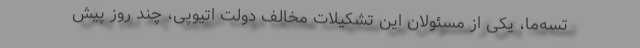
تِسه‌ما، یکی از مسئولان این تشکیلات مخالف دولت اتیوپی، چند روز پیش